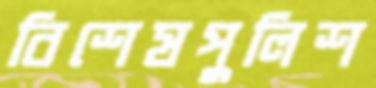
বিশেষপুলিশ